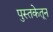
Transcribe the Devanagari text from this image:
पुस्तकेतून